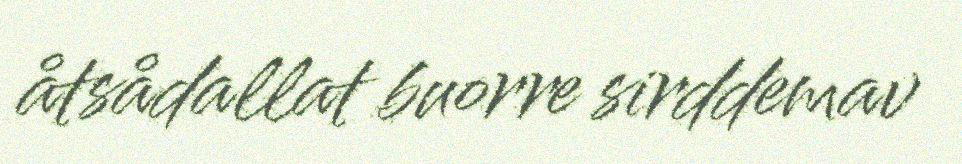
åtsådallat buorre sirddemav